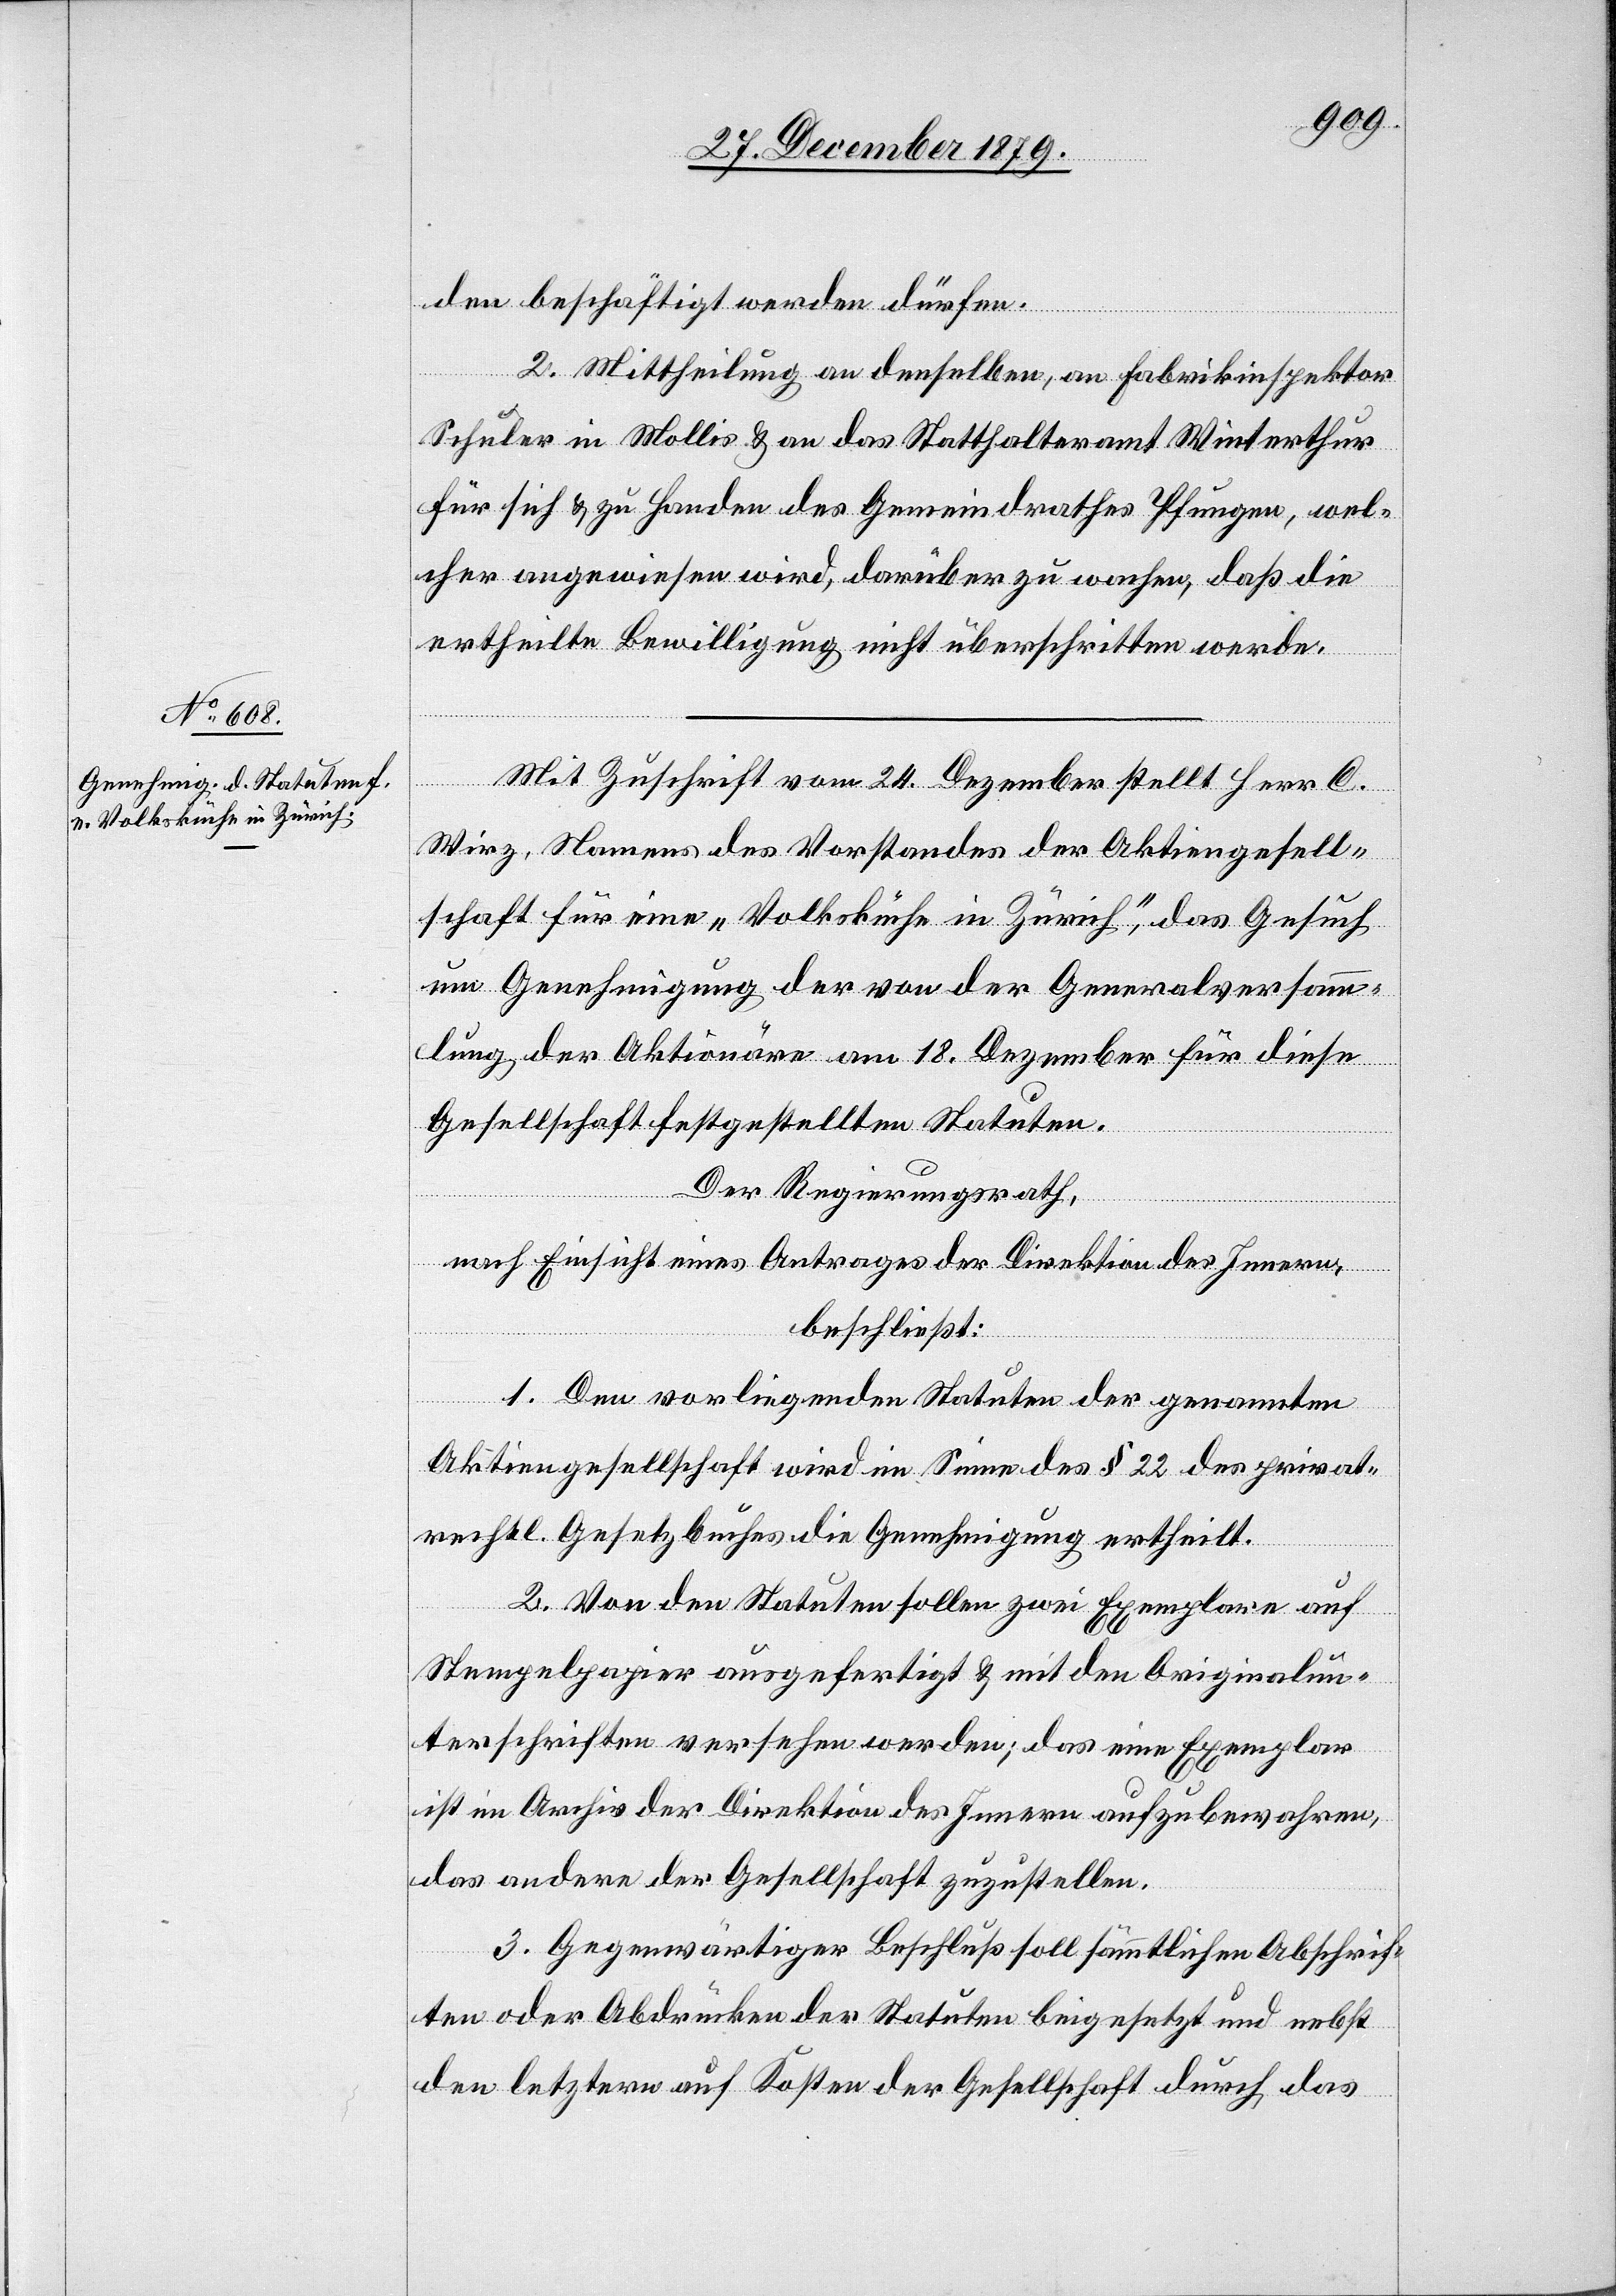
den beschäftigt werden dürfen.
2. Mittheilung an denselben, an Fabrikinspektor
Schuler in Mollis & an das Statthalteramt Winterthur
für sich & zu Handen des Gemeindrathes Pfungen, wel¬
cher angewiesen wird, darüber zu wachen, daß die
ertheilte Bewilligung nicht überschritten werde.
Mit Zuschrift vom 24. Dezember stellt Herr C.
Wirz, Namens des Vorstandes der Aktiengesell¬
schaft für eine „Volksküche in Zürich“, das Gesuch
um Genehmigung der von der Generalversamm¬
lung der Aktionäre am 18. Dezember für diese
Gesellschaft festgestellten Statuten.
Der Regierungsrath,
nach Einsicht eines Antrages der Direktion des Innern,
beschließt:
1. Den vorliegenden Statuten der genannten
Aktiengesellschaft wird im Sinne des § 22 des privat¬
rechtl. Gesetzbuches die Genehmigung ertheilt.
2. Von den Statuten sollen zwei Exemplare auf
Stempelpapier ausgefertigt & mit den Originalun¬
terschriften versehen werden; das eine Exemplar
ist im Archiv der Direktion des Innern aufzubewahren,
das andere der Gesellschaft zuzustellen.
3. Gegenwärtiger Beschluß soll sämmtlichen Abschrif¬
ten oder Abdrücken der Statuten beigesetzt und nebst
den letztern auf Kosten der Gesellschaft durch das